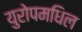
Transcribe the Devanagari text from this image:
युरोपमधिल